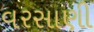
વરસાણી